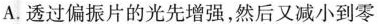
A.透过偏振片的光先增强，然后又减小到零